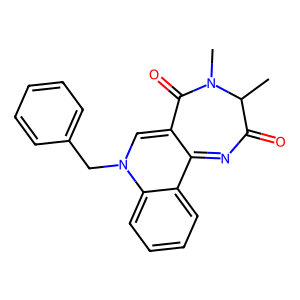
SMILES: CC1C(=O)N=C2C(=CN(Cc3ccccc3)c3ccccc32)C(=O)N1C
Inhibits HIV replication: No